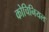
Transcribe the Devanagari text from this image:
कोचिनियल